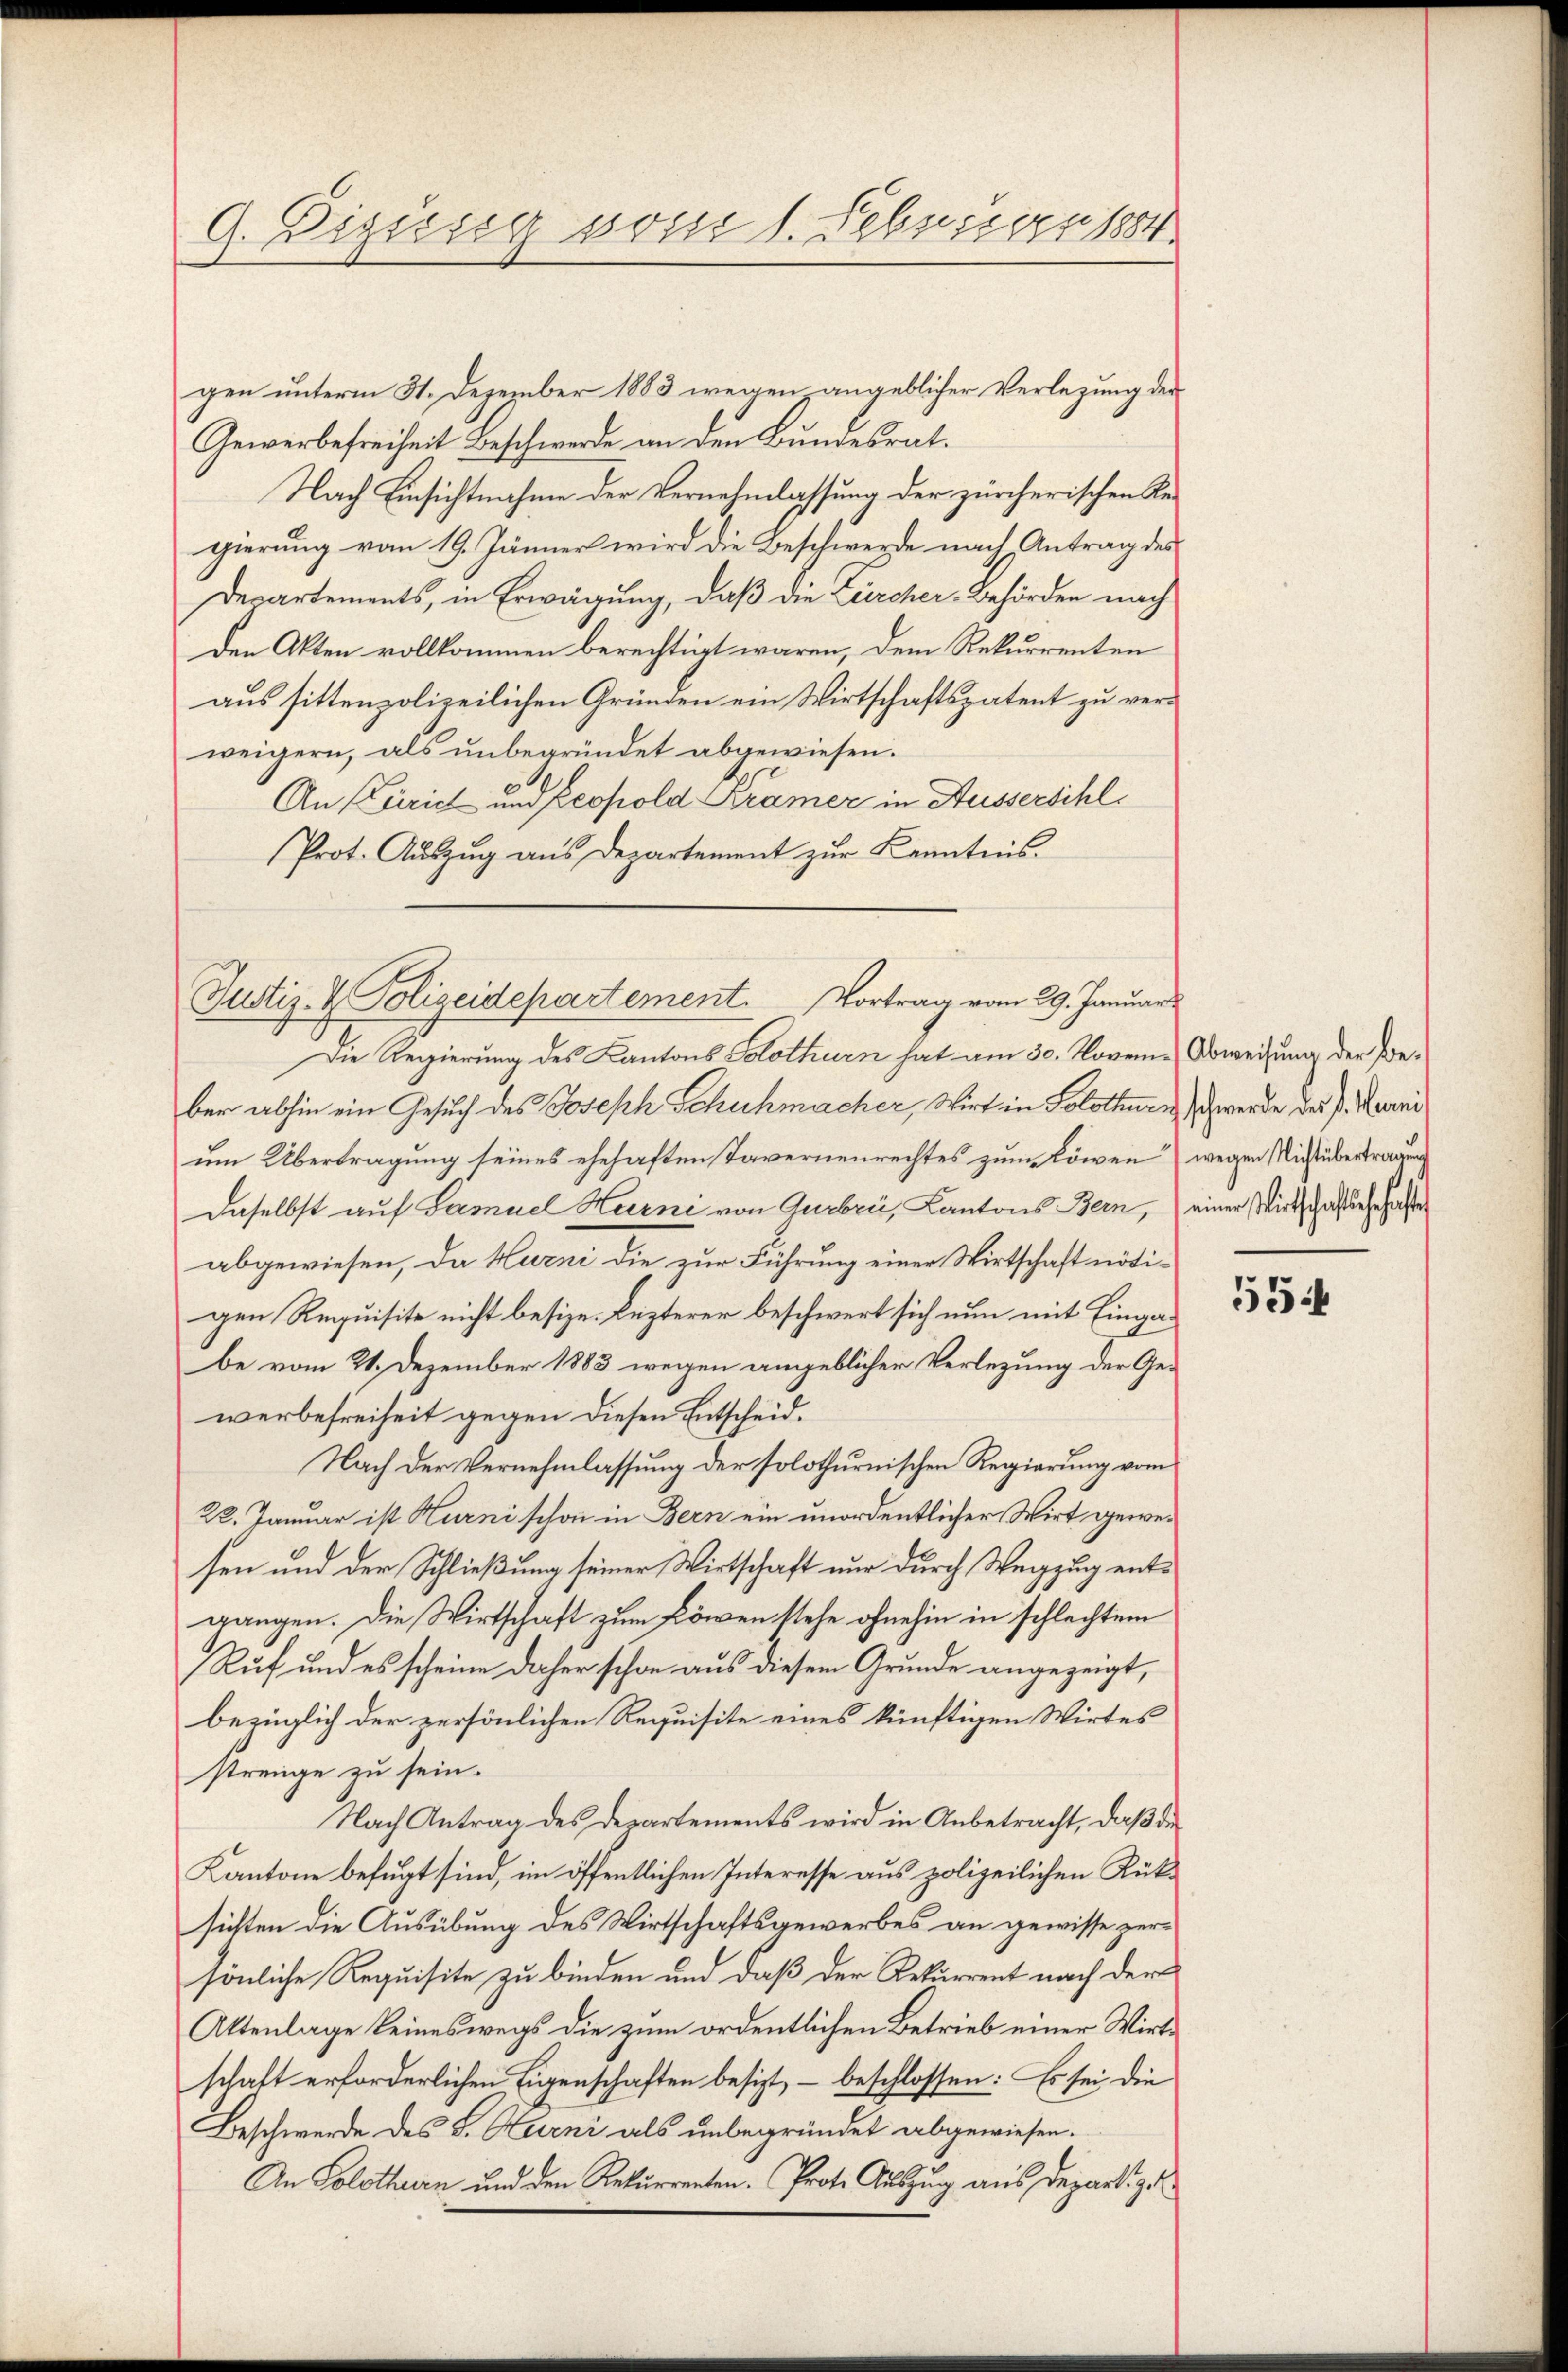
9. Diguseg vom 1. Febuissen 1884

gen unterm 31. Dezember 1883 wegen angeblicher Verlegung der
Gewerbefreiheit Beschwerde an den Bundesrat.
Nach Einsichtnahme der Vernehmlassung der zürcherischen Regierung vom 19. Jänner wird die Beschwerde nach Antrag des
Departements, in Erwägung, daß die Zürcher-Behörden nach
Den Akten vollkommen berechtigt waren, dem Rekurrenten
aus sittenpolizeilichen Gründen ein Wirtschaftspatent zu verweigern, als unbegründet abgewiesen.
An (Zürich und Propold Kramer in Aussersihl
Prot. Auszug aus Departement zur Kenntnis.
Die Regierung des Kantons Solothurn hat am 30. Novem. Abweisung der Peber abhin ein Gesuch des Joseph Schuhmacher, Wirt in Solothurn schwerde des P. Mani
um Übertragung seines ehehaften Tavernenrechtes zum Löwen) wegen Nicht übertragung
daselbst auf Samuel Hurni von Gurbri, Cantons Bern, einer Wirtschaftserfaßte
abgewiesen, da Hurni die zur Führung einer Wirtschaft nötigen Requisite nicht besize. Lezterer beschwert sich nun mit Eingabe vom 21. Dezember 1883 wegen angeblicher Verlegung der Gewerbefreiheit gegen diesen Entscheid.
Nach der Vernehmlassung der solothurnischen Regierung vom
22. Januar ist Hurni schon in Bern ein unordentlicher Wirt gewesen und der Schließung seiner Wirtschaft nur durch Wegzug entgangen. Die Wirtschaft zum Löwen stehe ohnehin in schlechtem
Ruf und es scheine daher schon aus diesem Grunde angezeigt,
bezüglich der persönlichen Requisite eines künftigen Wirtes
strenge zu sein.
Nach Antrag des Departements wird in Anbetracht, daß die
Kantone befugt sind, im öffentlichen Interesse aus polizeilichen Rüksichten die Ausübung des Wirtschaftsgewerbes an gewisse zersönliche Requisite zu binden und daß der Rekurrent nach der
Attenlage keineswegs die zum ordentlichen Betrieb einer Wirt
schaft erforderlichen Eigenschaften besizt, – beschlossen: Es sei die
Beschwerde des S. Hurni als unbegründet abgewiesen.
An Solothurn und den Rekurrenten. Prote Auszug aus Depart zu

Justiz- & Polizeidepartement. Vortrag vom 29. Januar

554